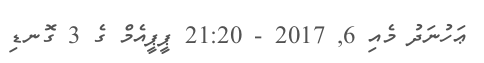
ޢަހުނަދު މެއި 6